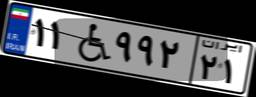
۱۱W۹۹۲۲۱